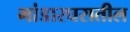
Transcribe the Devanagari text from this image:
भांडारघरातील